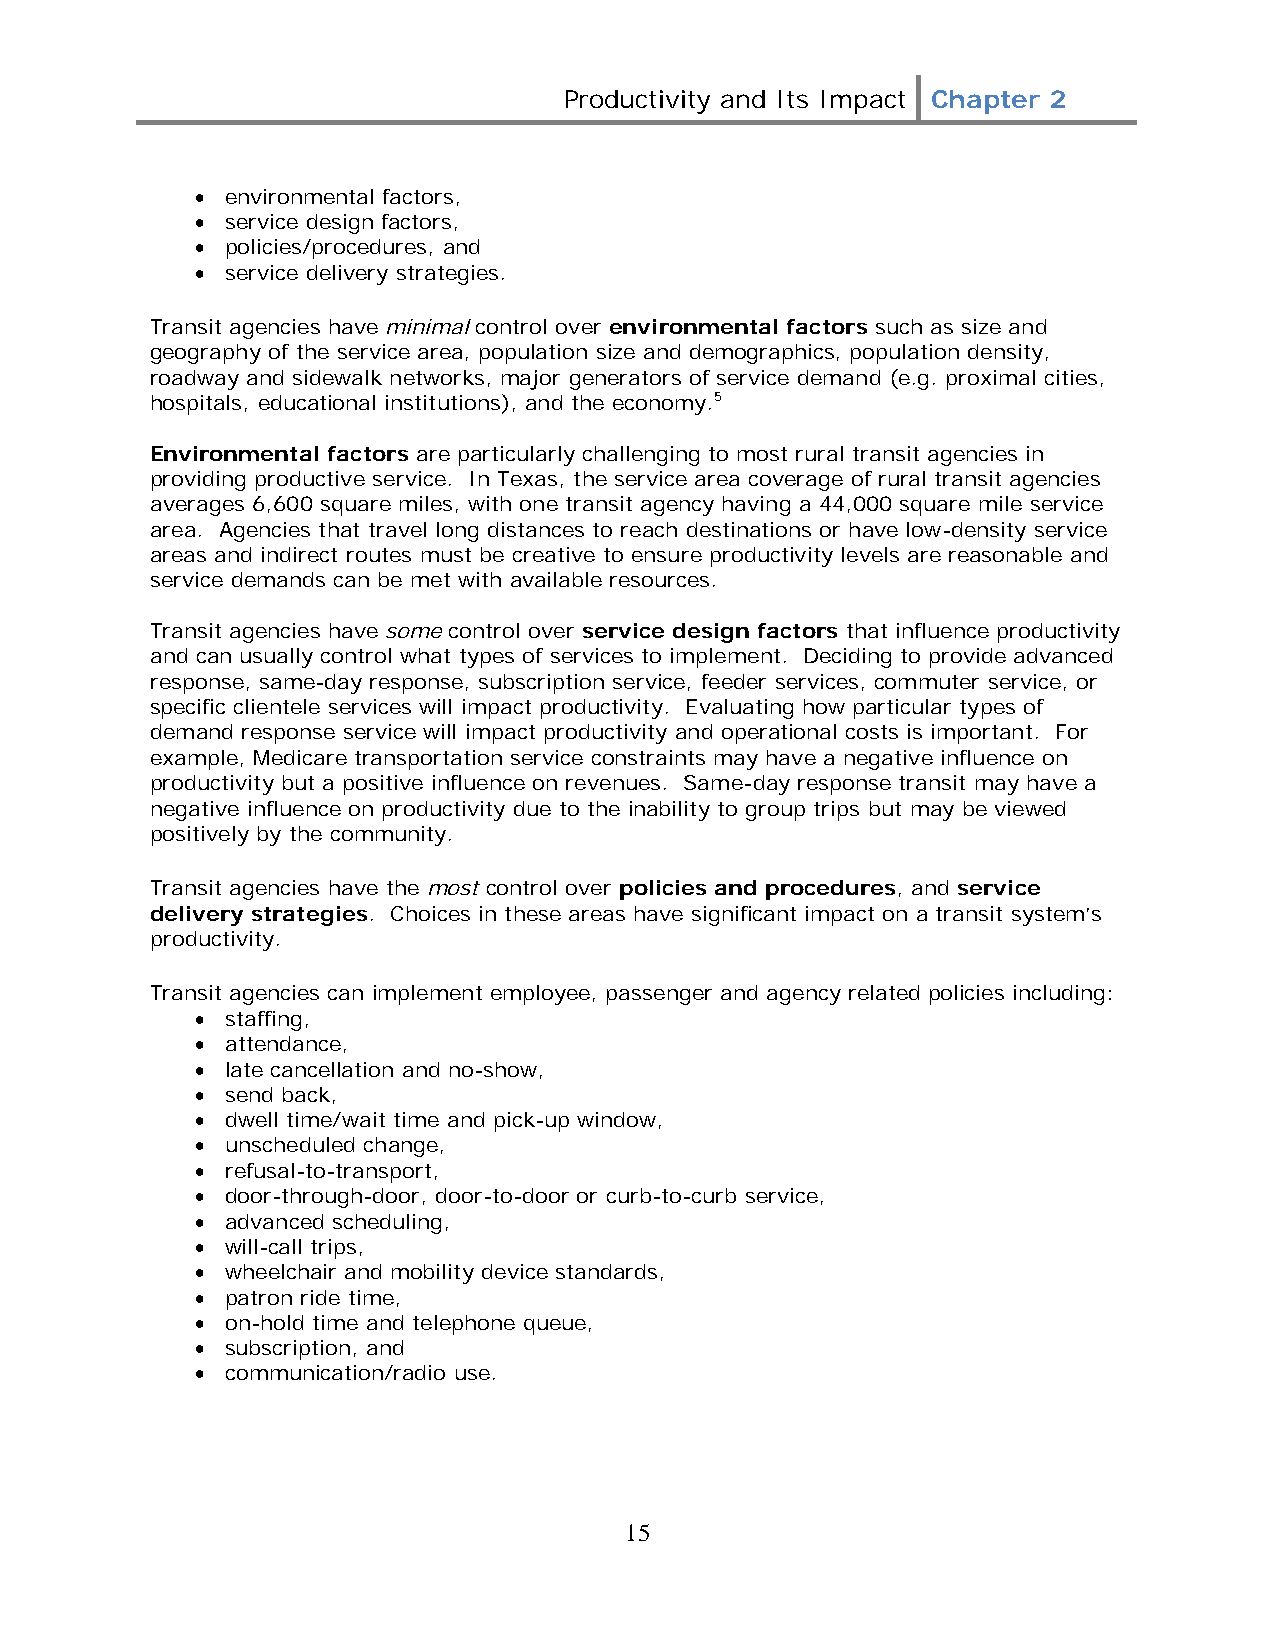
Productivity and Its Impact Chapter 2
 • environmental factors,
 • service design factors,
 • policies/procedures, and
 • service delivery strategies.
 Transit agencies have minimal control over environmental factors such as size and
 geography of the service area, population size and demographics, population density,
 roadway and sidewalk networks, major generators of service demand (e.g. proximal cities,
 hospitals, educational institutions), and the economy.5
 Environmental factors are particularly challenging to most rural transit agencies in
 providing productive service. In Texas, the service area coverage of rural transit agencies
 averages 6,600 square miles, with one transit agency having a 44,000 square mile service
 area. Agencies that travel long distances to reach destinations or have low-density service
 areas and indirect routes must be creative to ensure productivity levels are reasonable and
 service demands can be met with available resources.
 Transit agencies have some control over service design factors that influence productivity
 and can usually control what types of services to implement. Deciding to provide advanced
 response, same-day response, subscription service, feeder services, commuter service, or
 specific clientele services will impact productivity. Evaluating how particular types of
 demand response service will impact productivity and operational costs is important. For
 example, Medicare transportation service constraints may have a negative influence on
 productivity but a positive influence on revenues. Same-day response transit may have a
 negative influence on productivity due to the inability to group trips but may be viewed
 positively by the community.
 Transit agencies have the most control over policies and procedures, and service
 delivery strategies. Choices in these areas have significant impact on a transit system’s
 productivity.
 Transit agencies can implement employee, passenger and agency related policies including:
 • staffing,
 • attendance,
 • late cancellation and no-show,
 • send back,
 • dwell time/wait time and pick-up window,
 • unscheduled change,
 • refusal-to-transport,
 • door-through-door, door-to-door or curb-to-curb service,
 • advanced scheduling,
 • will-call trips,
 • wheelchair and mobility device standards,
 • patron ride time,
 • on-hold time and telephone queue,
 • subscription, and
 • communication/radio use.
 15